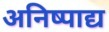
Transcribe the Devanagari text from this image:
अनिष्पाद्य